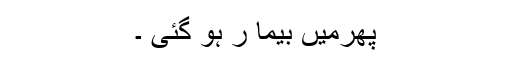
پھرمیں بیما ر ہو گئی ۔